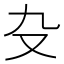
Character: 𠬚